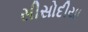
સીસોદીયા